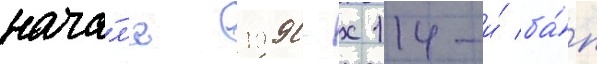
нача́л'е 1990-х 114-и́ ба́п